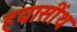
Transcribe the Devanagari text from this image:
हयासींथ